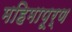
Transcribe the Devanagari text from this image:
महिमापूर्ण